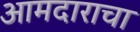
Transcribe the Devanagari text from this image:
आमदाराचा